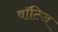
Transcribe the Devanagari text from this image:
वॉटिज